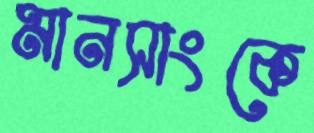
মানসাংকে